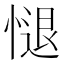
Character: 𢟔